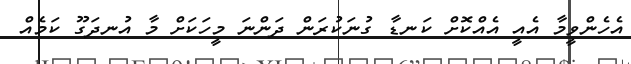
އެހެންވީމާ އެއީ އެއްކޮށް ކަނޑާ ގުނަކުރަން ދަންނަ މީހަކަށް މާ އުނދަގޫ ކަމެއް